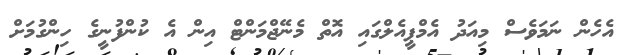
އެހެން ނަމަވެސް މިއަދު އެމްޕީއެލްގައި އޮތް މެނޭޖްމަންޓް އިން އެ ކުންފުނީގެ ހިންގުމަށް